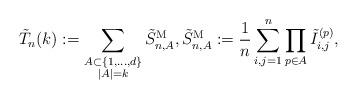
LaTeX: \begin{align*} \tilde T_n (k) :=\sum\limits_{\substack{A \subset \{1, \dots, d\} \\ |A|=k }} \tilde S_{n,A}^{\rm M}, \tilde S_{n,A}^{\rm M} :=\frac1n \sum_{i, j=1}^n \prod_{p \in A} \tilde I_{i,j}^{(p)},\end{align*}